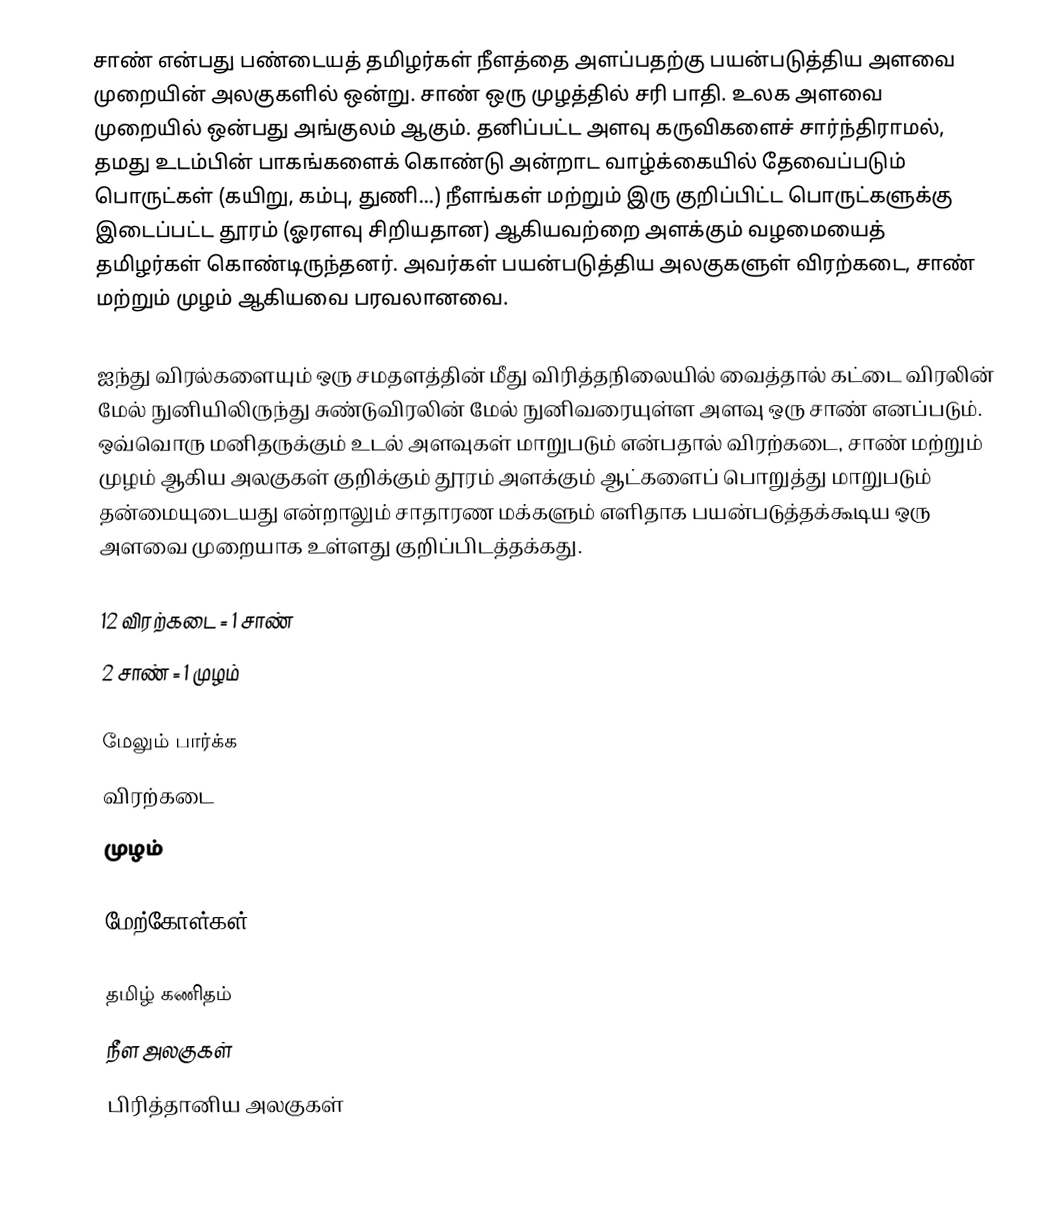
சாண் என்பது பண்டையத் தமிழர்கள் நீளத்தை அளப்பதற்கு பயன்படுத்திய அளவை முறையின் அலகுகளில் ஒன்று. சாண் ஒரு முழத்தில் சரி பாதி. உலக அளவை முறையில் ஒன்பது அங்குலம் ஆகும். தனிப்பட்ட அளவு கருவிகளைச் சார்ந்திராமல், தமது உடம்பின் பாகங்களைக் கொண்டு அன்றாட வாழ்க்கையில் தேவைப்படும் பொருட்கள் (கயிறு, கம்பு, துணி...) நீளங்கள் மற்றும் இரு குறிப்பிட்ட பொருட்களுக்கு இடைப்பட்ட தூரம் (ஓரளவு சிறியதான) ஆகியவற்றை அளக்கும் வழமையைத் தமிழர்கள் கொண்டிருந்தனர். அவர்கள் பயன்படுத்திய அலகுகளுள் விரற்கடை, சாண் மற்றும் முழம் ஆகியவை பரவலானவை.

ஐந்து விரல்களையும் ஒரு சமதளத்தின் மீது விரித்தநிலையில் வைத்தால் கட்டை விரலின் மேல் நுனியிலிருந்து சுண்டுவிரலின் மேல் நுனிவரையுள்ள அளவு ஒரு சாண் எனப்படும். ஒவ்வொரு மனிதருக்கும் உடல் அளவுகள் மாறுபடும் என்பதால் விரற்கடை, சாண் மற்றும் முழம் ஆகிய அலகுகள் குறிக்கும் தூரம் அளக்கும் ஆட்களைப் பொறுத்து மாறுபடும் தன்மையுடையது என்றாலும் சாதாரண மக்களும் எளிதாக பயன்படுத்தக்கூடிய ஒரு அளவை முறையாக உள்ளது குறிப்பிடத்தக்கது.

12 விரற்கடை = 1 சாண்
2 சாண் = 1 முழம்

மேலும் பார்க்க
விரற்கடை
முழம்

மேற்கோள்கள்

தமிழ் கணிதம்
நீள அலகுகள்
பிரித்தானிய அலகுகள்